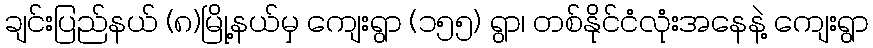
ချင်းပြည်နယ် (၈)မြို့နယ်မှ ကျေးရွာ (၁၅၅) ရွာ၊ တစ်နိုင်ငံလုံးအနေနဲ့ ကျေးရွာ